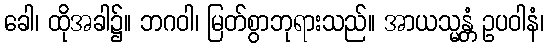
ခေါ၊ ထိုအခါ၌။ ဘဂဝါ၊ မြတ်စွာဘုရားသည်။ အာယသ္မန္တံ ဥပဝါနံ၊